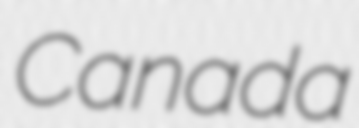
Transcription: Canada